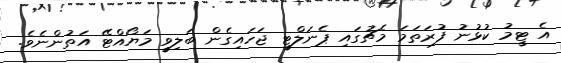
އެ ޓީމު ކުޅުނު ފުރަތަމަ މެޗުގައި ޕެނަލްޓީ ޖަހައިގެން ބަލިވީ މަޔޯއްޓޭ އަތުންނެވެ.